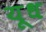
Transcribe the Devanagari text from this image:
यूध